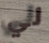
لي